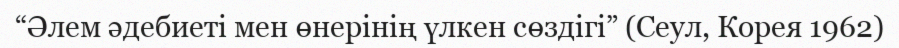
“Әлем әдебиеті мен өнерінің үлкен сөздігі” (Сеул, Корея 1962)